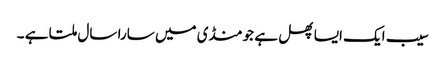
سیب ایک ایسا پھل ہے جو منڈی میں سارا سال ملتا ہے ۔